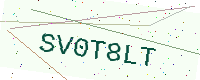
Text: SV0T8LT